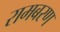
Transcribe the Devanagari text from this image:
रामबरण